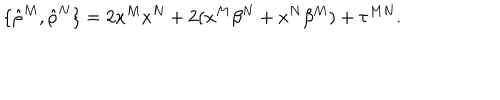
\{ { \hat { \rho } } ^ { M } , { \hat { \rho } } ^ { N } \} = 2 x ^ { M } x ^ { N } + 2 ( x ^ { M } \beta ^ { N } + x ^ { N } \beta ^ { M } ) + \tau ^ { M N } .